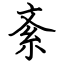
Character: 紊